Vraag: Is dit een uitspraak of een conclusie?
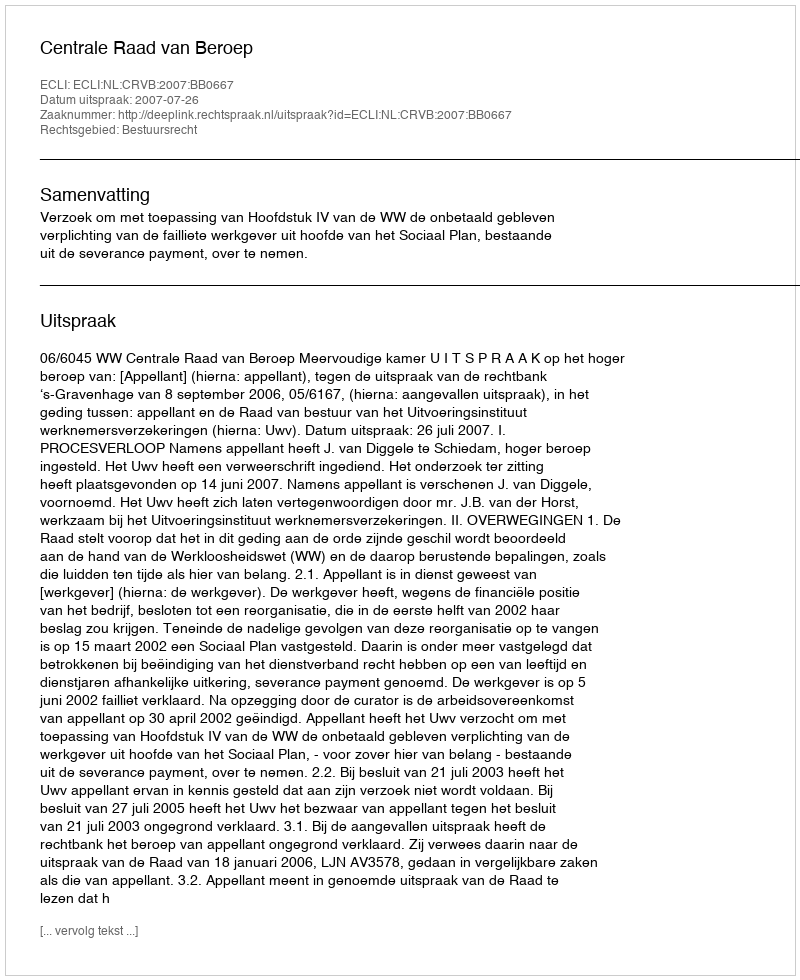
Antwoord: Uitspraak